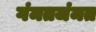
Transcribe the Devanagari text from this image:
गंमतजंमत